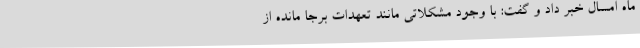
ماه امسال خبر داد و گفت: با وجود مشکلاتی مانند تعهدات برجا مانده از